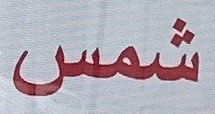
شمس